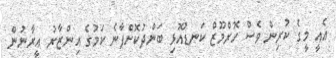
އެއީ މީގެ ކުރިން ވެސް ހޮރްމޫޒް ކަނޑުއޮޅި ބަންދުކޮށްފާނެ ކަމުގެ އިންޒާރު އީރާނުން